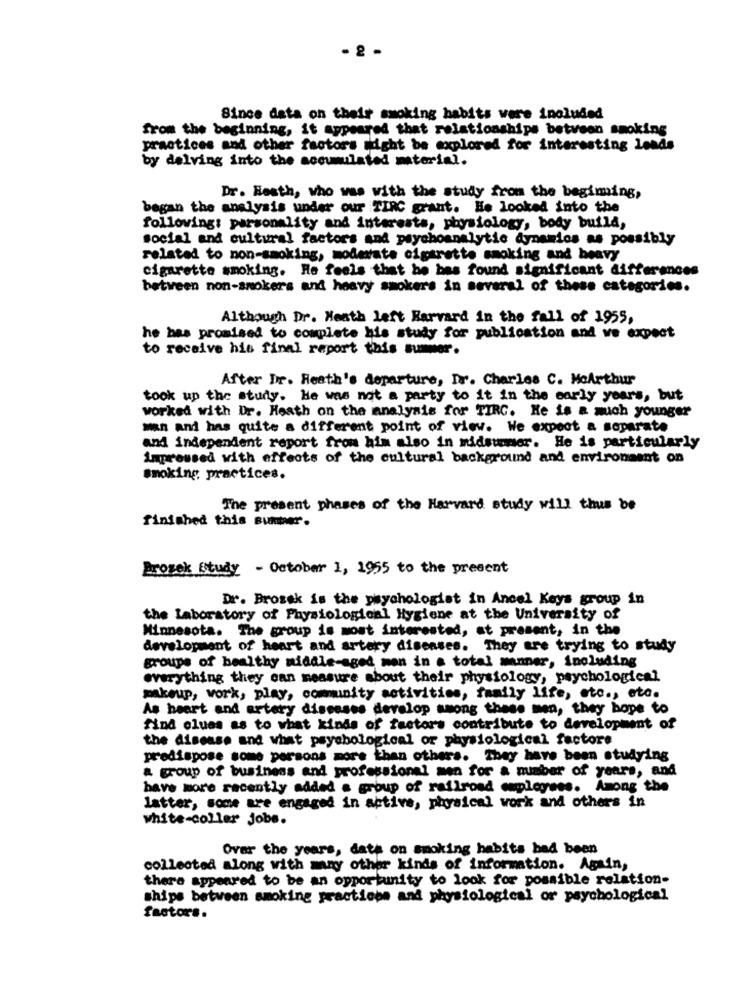
- 2 -
Since data on their smoking habits were included
from the beginning, it appeared that relationships between smoking
practices and other factors might be explored for interesting lends
by delving into the accumulated material.
Dr. Heath, who was with the study from the begining,
began the analysis under our TIRC grant. He looked into the
following: personality and interests, physiology, body buila,
social and cultural factors and psychoanalytic dynamios as possibly
related to non-smoking, moderate cigarette smoking and heavy
cigarette smoking. He feels that he bes found significant differences
between non-smokers and heavy smokers in several of these categories.
Although Dr. Heath left Harvard in the fall of 1955,
he has promised to complete his study for publication and ve expect
to receive his final report this summer.
After Dr. Heath's departure, Dr. Charles C. MoArthur
took up the study. He was not a party to it in the early years, but
worked with Dr. Heath on the analysis for TIRG. He is a much younger
man and has quite a different point of view. We expect a soparate
and independent report from him also in midsummer. He is particularly
impressed with effects of the cultural background and environment on
smoking practices.
The present phases of the Harvard study will thus be
finished this sunter.
Prozek Study - October 1, 1955 to the present
Dr. Brossk is the psychologist in Ancel Keys group in
the Laboratory of Physiological Hygiene at the University of
Minnesota. The group is most interested, at present, in the
development of heart and artery diseases. They are trying to study
groups of healthy middle-aged mon in a total manner, including
everything they can measure about their physiology, psychological
makeup, vork, play, community activities, family life, etc ., etc.
As heart and artery diseases develop among these men, they hope to
find clues as to what kinds of factors contribute to development of
the disease and what psychological or physiological factors
predispose some persons more than others. They have been studying
a group of business and professional men for a number of years, and
have more recently added a group of railroad employees. Among the
latter, some are engaged in active, physical work and others in
white-collar Jobs.
Over the years, data on smoking habits bad been
collected along with many other kinds of information. Again,
there appeared to be an opportunity to look for possible relation-
ships between smoking practices and physiological or psychological
factors.